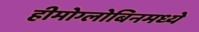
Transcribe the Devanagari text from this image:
हीमोग्लोबिनमध्ये